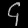
Digit: ၄